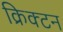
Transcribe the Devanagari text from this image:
क्रिक्टन